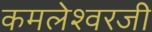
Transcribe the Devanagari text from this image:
कमलेश्वरजी